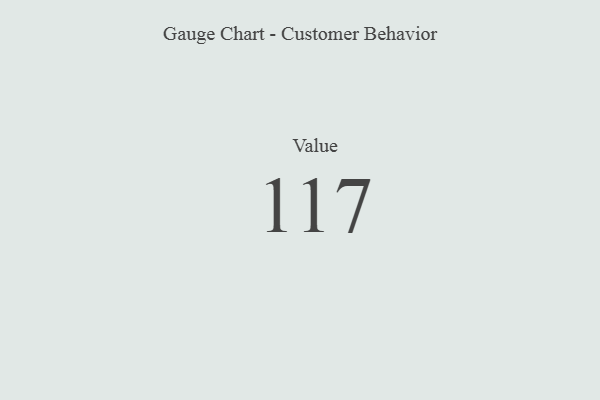
{"axis": {"x": "Metric", "y": "Value"}, "legend": [""], "data": [{"x": "Value", "y": 117, "type": ""}]}